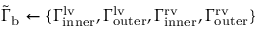
\tilde { \Gamma } _ { \mathrm { { b } } } \gets \{ \Gamma _ { \mathrm { { i n n e r } } } ^ { \mathrm { { l v } } } , \Gamma _ { \mathrm { { o u t e r } } } ^ { \mathrm { { l v } } } , \Gamma _ { \mathrm { { i n n e r } } } ^ { \mathrm { { r v } } } , \Gamma _ { \mathrm { { o u t e r } } } ^ { \mathrm { { r v } } } \}